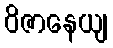
ဝိဇာနေယျ